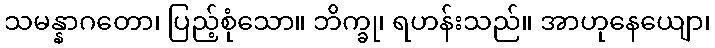
သမန္နာဂတော၊ ပြည့်စုံသော။ ဘိက္ခု၊ ရဟန်းသည်။ အာဟုနေယျော၊